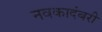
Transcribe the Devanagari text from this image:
नवकादंबरी